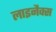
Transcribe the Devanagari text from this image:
लाइनैक्स